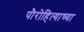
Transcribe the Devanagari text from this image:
पौरोहित्याच्या